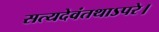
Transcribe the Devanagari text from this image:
सत्यदेवंतथाऽपरे।